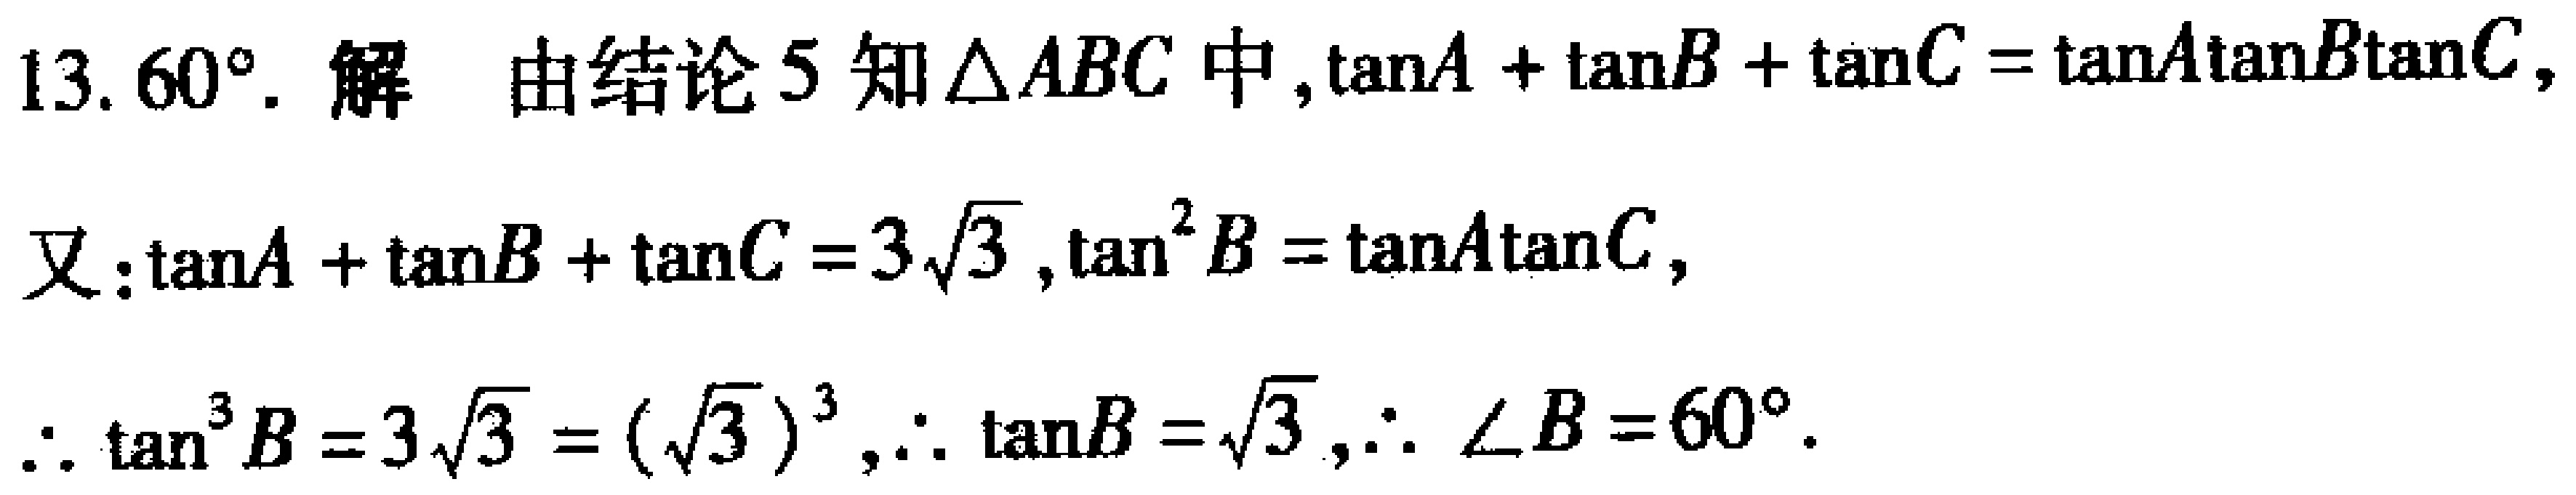
13. \(60^{\circ}\). 解 由结论5知\(\triangle ABC\)中，\(\tan A+\tan B+\tan C = \tan A\tan B\tan C\)，
又：\(\tan A+\tan B+\tan C = 3\sqrt{3}\)，\(\tan^{2}B=\tan A\tan C\)，
\(\therefore \tan^{3}B = 3\sqrt{3}=(\sqrt{3})^{3}\)，\(\therefore \tan B=\sqrt{3}\)，\(\therefore \angle B = 60^{\circ}\).